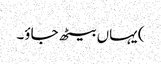
) یہاں بیٹھ جاؤ۔